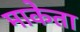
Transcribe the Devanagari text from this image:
माकेता